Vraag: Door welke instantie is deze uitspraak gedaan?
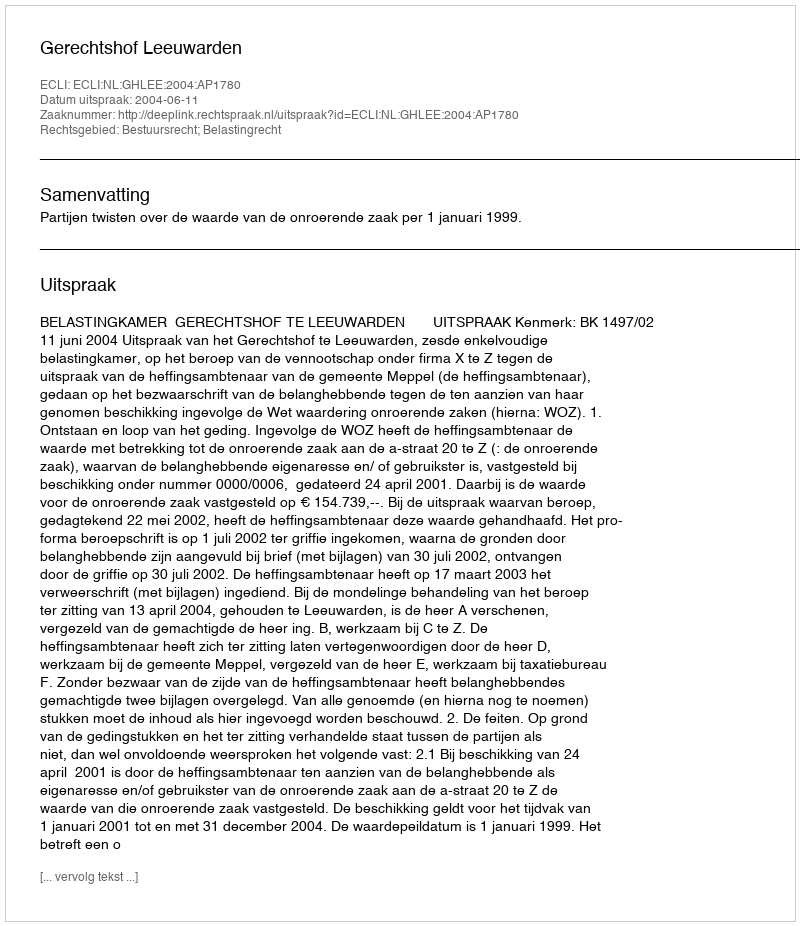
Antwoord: Gerechtshof Leeuwarden